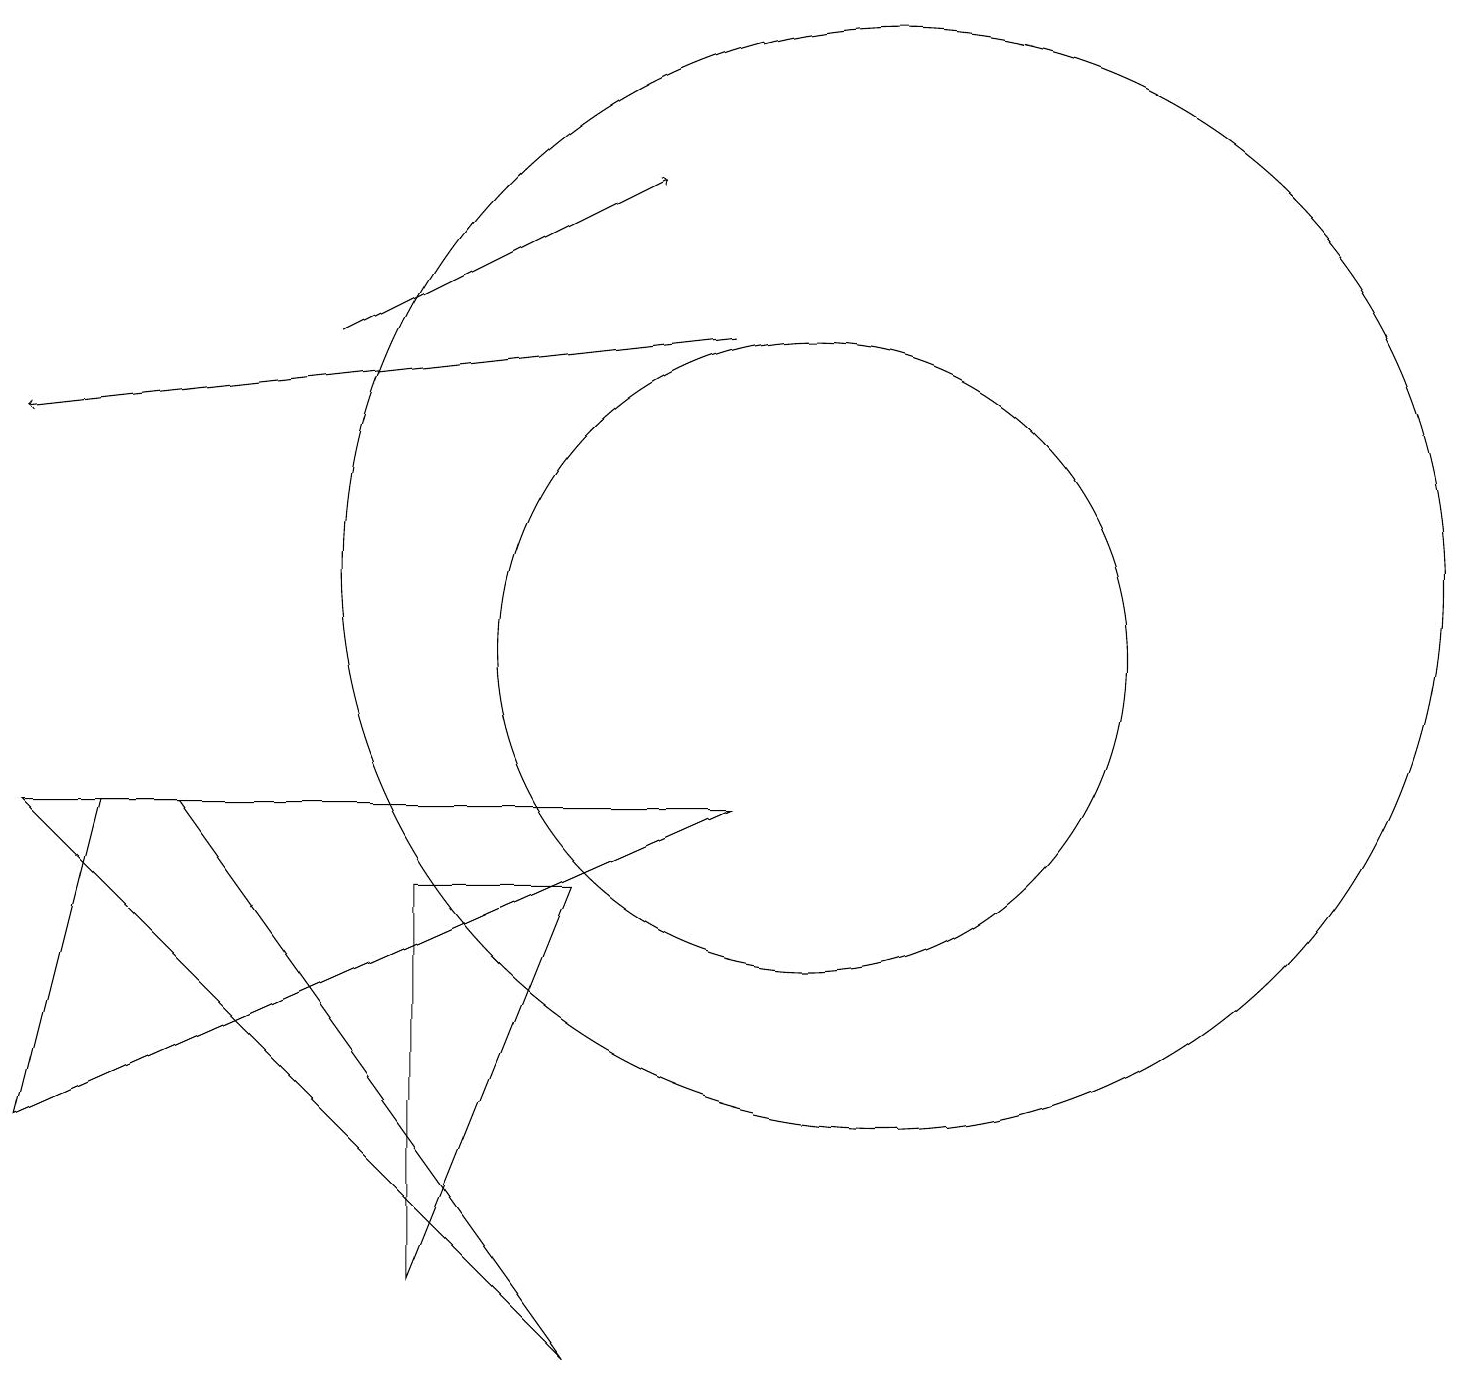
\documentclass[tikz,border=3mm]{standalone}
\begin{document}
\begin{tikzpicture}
\draw (10,10) circle (4);
\draw[->] (9,14) -- (0,13);
\draw (5,7) -- (7,7) -- (5,2) -- cycle;
\draw (11,11) circle (7);
\draw (9,8) -- (0,4) -- (1,8) -- cycle;
\draw (2,8) -- (7,1) -- (0,8) -- cycle;
\draw[->] (4,14) -- (8,16);
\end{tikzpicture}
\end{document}